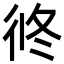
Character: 㣠